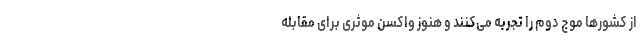
از کشورها موج دوم را تجربه می‌کنند و هنوز واکسن موثری برای مقابله